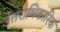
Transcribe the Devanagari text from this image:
उत्तराधिकारिक